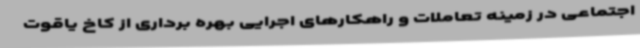
اجتماعی در زمینه تعاملات و راهکارهای اجرایی بهره برداری از کاخ یاقوت